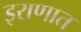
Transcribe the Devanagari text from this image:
इराणात